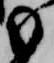
も